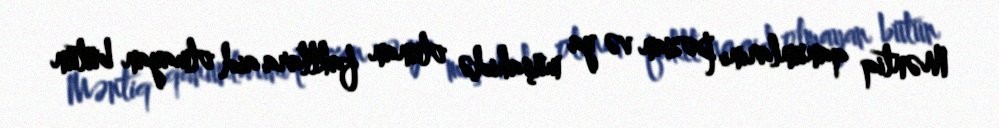
Məntiq qanunlarını pozan və ya müşahidə olunan faktlara aid olmayan bütün